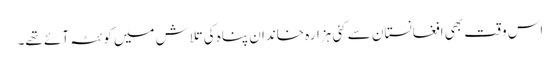
اس وقت بھی افغانستان سے کئی ہزارہ خاندان پناہ کی تلاش میں کوئٹہ آئے تھے۔